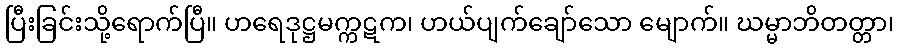
ပြီးခြင်းသို့ရောက်ပြီ။ ဟရေဒုဋ္ဌမက္ကဋက၊ ဟယ်ပျက်ချော်သော မျောက်။ ဃမ္မာဘိတတ္တာ၊